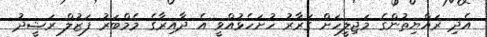
އެދި ރައްޔިތުންގެ މަޖިލީހަށް ގަރާރު ހުށަހެޅުއްވީ އެ ދާއިރާގެ މެމްބަރު ފަޒުލް ރަޝީދު